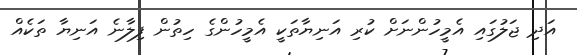
އަދި ޖަލުގައި އެމީހުންނަށް ކުރި އަނިޔާތަކީ އެމީހުންގެ ހިތުން ފިލާނެ އަނިޔާ ތަކެއް